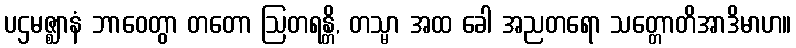
ပဌမဇ္ဈာနံ ဘာဝေတွာ တတော ဩတရန္တိ, တသ္မာ အထ ခေါ အညတရော သတ္တောတိအာဒိမာဟ။